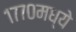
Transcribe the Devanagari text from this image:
१७७०मध्ये